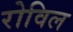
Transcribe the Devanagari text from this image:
रोविल